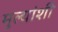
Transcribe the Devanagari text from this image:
मुल्यांशी